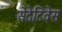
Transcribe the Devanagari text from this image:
सेदेटिवेस